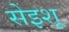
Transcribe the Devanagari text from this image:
सेइशू